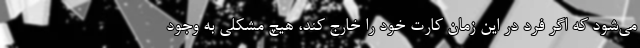
می‌شود که اگر فرد در این زمان کارت خود را خارج کند، هیچ مشکلی به وجود